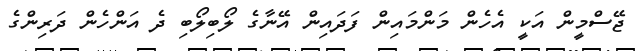
ޖޭސްމީން އަކީ އެހެެން މަންމައިން ފަދައިން އޭނާގެ ލޯބިލޯބި ދެެ އަންހެެން ދަރިންގެ